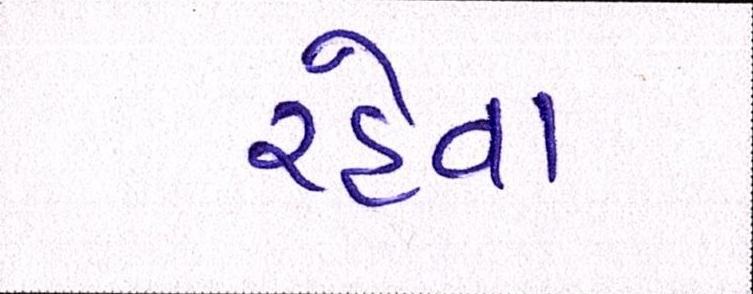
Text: રહેવા